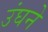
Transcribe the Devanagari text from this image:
उंघने